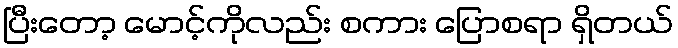
ပြီးတော့ မောင့်ကိုလည်း စကား ပြောစရာ ရှိတယ်